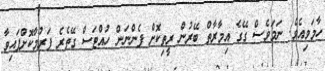
ހާމަވިއެވެ. ނަމަވެސް ގޭގެ އިމާރާތް ބޭރުން ރީތިކޮށް ފެންނަން ހުއްޓަސް ގޭތެރެ ފަރުމާކޮށްފައިވާ